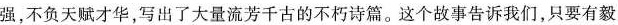
强，不负天赋才华，写出了大量流芳千古的不朽诗篇。这个故事告诉我们，只要有毅